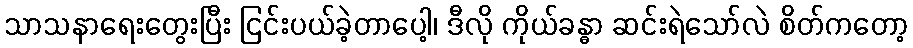
သာသနာရေးတွေးပြီး ငြင်းပယ်ခဲ့တာပေါ့၊ ဒီလို ကိုယ်ခန္ဓာ ဆင်းရဲသော်လဲ စိတ်ကတော့